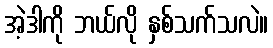
အဲ့ဒါကို ဘယ်လို နှစ်သက်သလဲ။